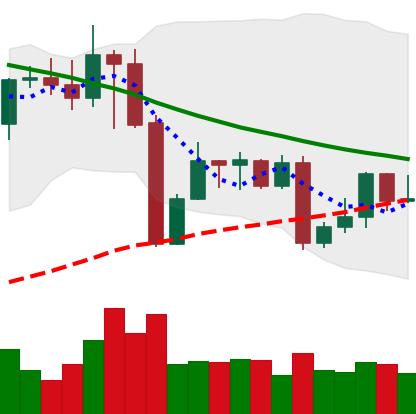
Ticker: XMR-USD
Chart end date: 2022-08-31
Forward return: 5.688%
Label: up_5_7